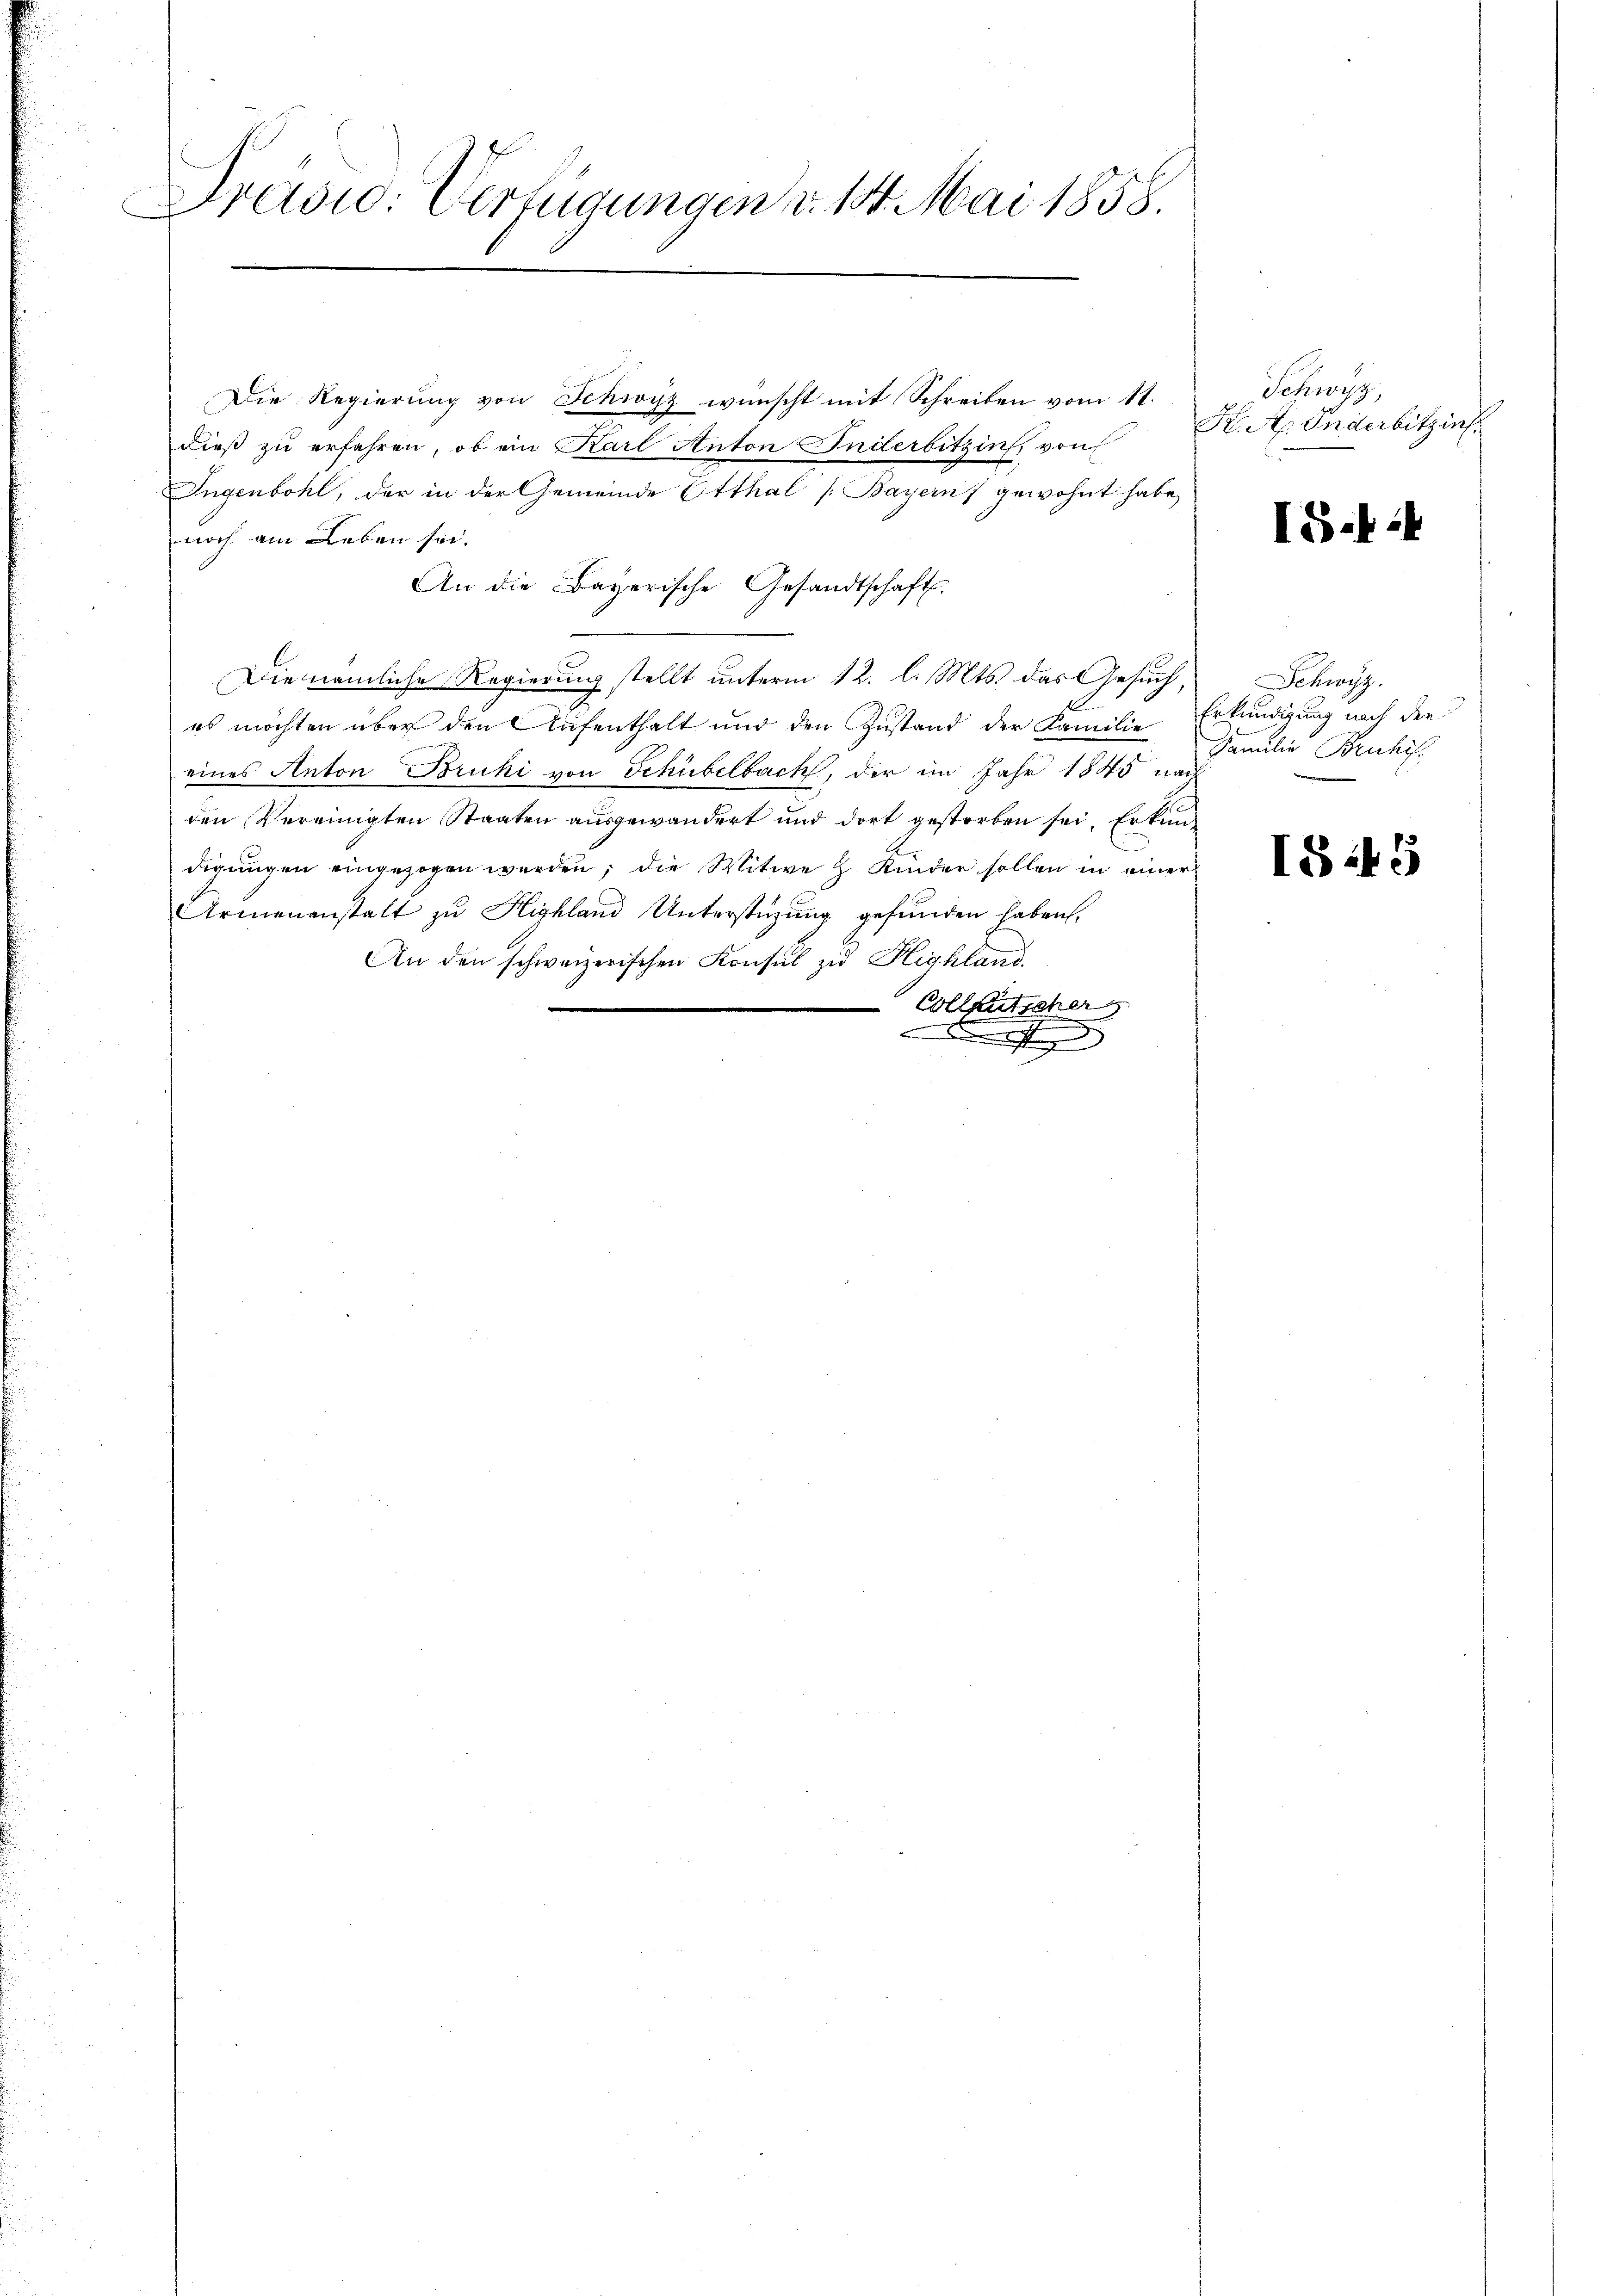
radid: Verfügungen v. 18. Mai 1858.

Die Regierung von Schwyz wünscht mit Schreiben vom 11.
dieß zu erfahren, ob ein Karl Anton Inderbitzins von
Ingenbohl, der in der Gemeinde Otthal [Bayern) gewohnt habe,
noch am Leben sei.
An die Bayerische Gesandtschaft.
e
Die nämliche Regierung stellt unterm 12. l. Mts. das Gesuch,
.
es möchten über den Aufenthalt und den Zustand der Familie Erkundigung nach der
eines Anton Bruki von Schübelbach, der im Jahr 1845 nach
den Vereinigten Staaten ausgewandert und dort gestorben sei, Erkundigungen eingezogen werden, die Witwe H. Kinder sollen in einer
Armenanstalt zu Highland Unterstüzung gefunden haben,
An den schweizerischen Konsul zu Highland.
Colleutscher
t

Schwyz,
H. A. Inderbitzins

IS. 14

Schwyz.
Familie Beschif

IS. 145